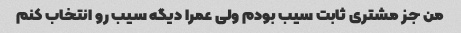
من جز مشتری ثابت سیب بودم ولی عمرا دیگه سیب رو انتخاب کنم